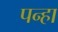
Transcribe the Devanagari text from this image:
पन्हा